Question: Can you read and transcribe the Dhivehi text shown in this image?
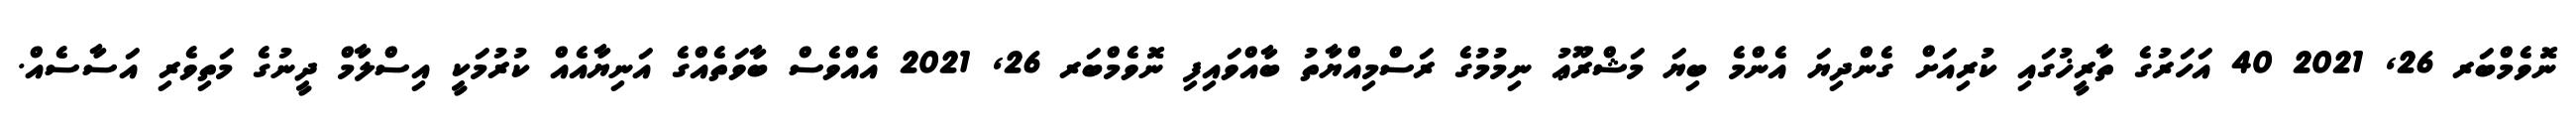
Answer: ނޮވެމްބަރ 26, 2021 40 އަހަރުގެ ތާރީޚުގައި ކުރިއަށް ގެންދިޔަ އެންމެ ބިޔަ މަޝްރޫޢު ނިމުމުގެ ރަސްމިއްޔާތު ބާއްވައިފި ނޮވެމްބަރ 26, 2021 އެއްވެސް ބާވަތެއްގެ އަނިޔާއެއް ކުރުމަކީ އިސްލާމް ދީނުގެ މަތިވެރި އަސާސެއް.